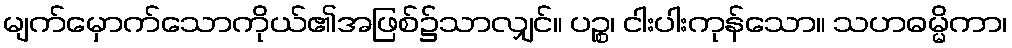
မျက်မှောက်သောကိုယ်၏အဖြစ်၌သာလျှင်။ ပဉ္စ၊ ငါးပါးကုန်သော။ သဟဓမ္မိကာ၊